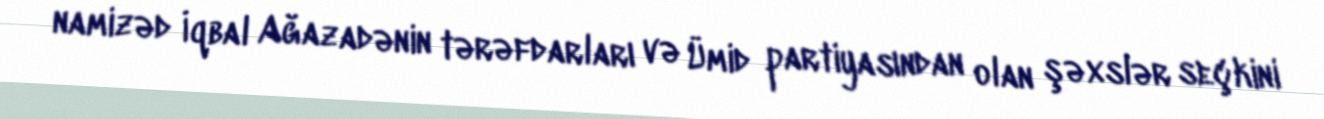
namizəd İqbal Ağazadənin tərəfdarları və Ümid partiyasından olan şəxslər seçkini